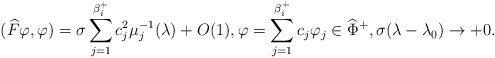
\begin{align*}(\widehat{F}\varphi,\varphi)=\sigma\sum_{j=1}^{\beta_i^+}c_j^2\mu_j^{-1}(\lambda)+O(1), \varphi=\sum_{j=1}^{\beta_i^+}c_j\varphi_j\in \widehat{\Phi}^+, \sigma(\lambda-\lambda_0)\to + 0.\end{align*}